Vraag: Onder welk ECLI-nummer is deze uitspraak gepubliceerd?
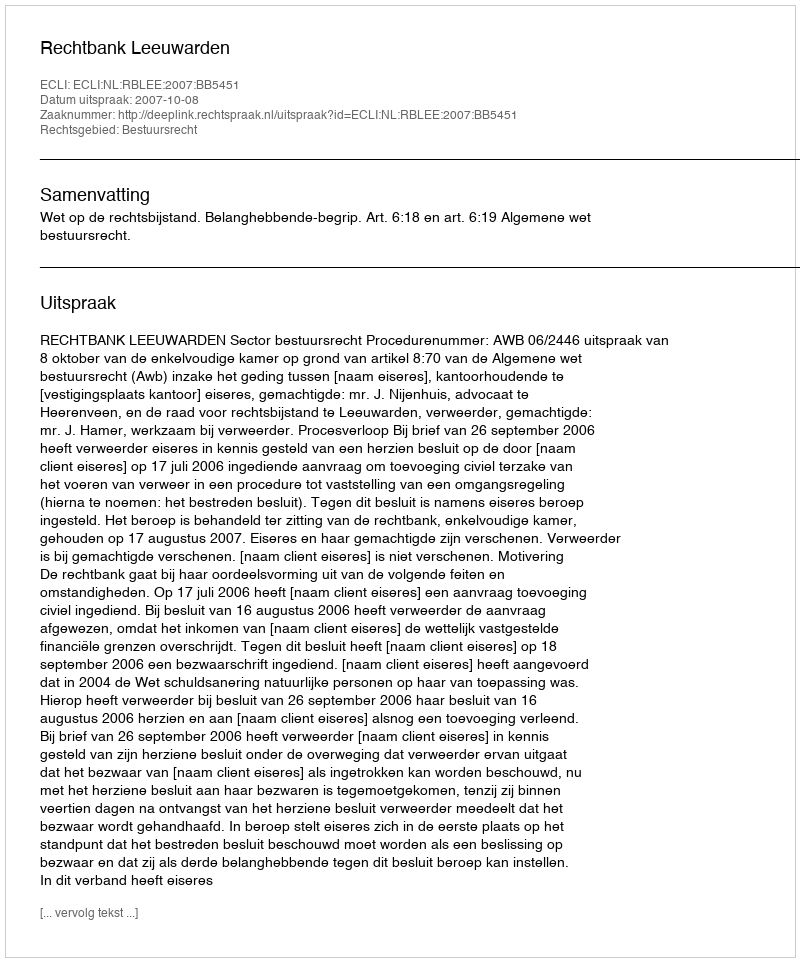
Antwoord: ECLI:NL:RBLEE:2007:BB5451